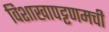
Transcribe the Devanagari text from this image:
विशाखापट्टणमची